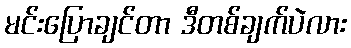
မင်းပြောချင်တာ ဒီတစ်ချက်ပဲလား